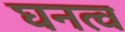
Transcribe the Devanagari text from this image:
घनत्‍व